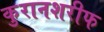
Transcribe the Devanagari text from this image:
कुरानशरीफ